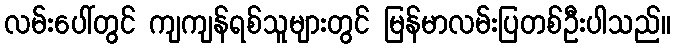
လမ်းပေါ်တွင် ကျကျန်ရစ်သူများတွင် မြန်မာလမ်းပြတစ်ဦးပါသည်။